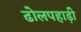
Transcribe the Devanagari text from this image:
ढोलपहाड़ी